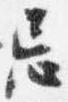
忌